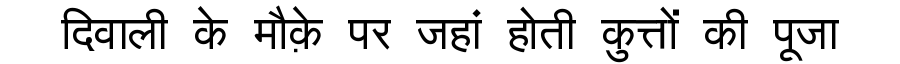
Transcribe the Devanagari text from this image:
दिवाली के मौक़े पर जहां होती कुत्तों की पूजा